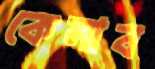
কেনাব